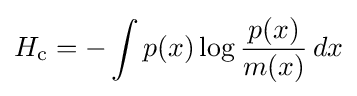
H_{\text{c}}=-\int p(x)\log {\frac {p(x)}{m(x)}}\,dx